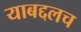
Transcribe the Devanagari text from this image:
याबद्दलच